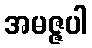
အမဇ္ဇပါ